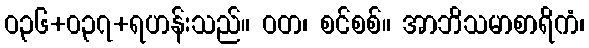
ဝ၃၆+၀၃၇+ရဟန်းသည်။ ဝတ၊ စင်စစ်။ အာဘိသမာစာရိကံ၊